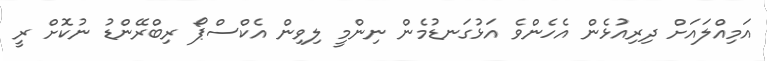
އަމިއްލައަށް ދިރިއުޅެން އެހެންވެ އަޅުގަނޑުމެން ނިންމީ ލިވިން އެކްސްޕޯ ރިބްރޭންޑު ނުކޮށް ރީ